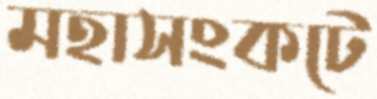
মহাসংকটে